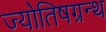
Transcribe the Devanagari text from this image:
ज्योतिषग्रन्थ